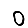
Digit: 0